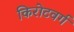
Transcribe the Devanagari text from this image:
किरोटवर्ग